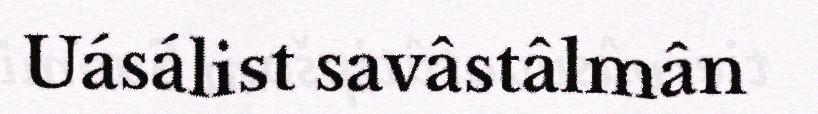
Uásálist savâstâlmân